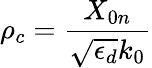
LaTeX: \rho_{c}=\frac{X_{0n}}{\sqrt{\epsilon_{d}}k_{0}}